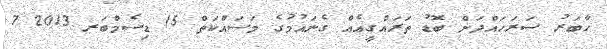
ހާބަރު ސަރަހައްދަށް ބޮޑު ތަރައްގީއެއް ގެނައުމުގެ މަސައްކަތް 15 ޑިސެމްބަރ 2013 7